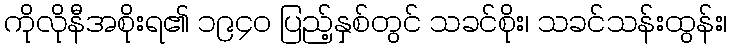
ကိုလိုနီအစိုးရ၏ ၁၉၄၀ ပြည့်နှစ်တွင် သခင်စိုး၊ သခင်သန်းထွန်း၊